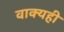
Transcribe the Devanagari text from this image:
वाक्यही